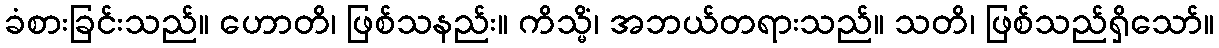
ခံစားခြင်းသည်။ ဟောတိ၊ ဖြစ်သနည်း။ ကိသ္မိံ၊ အဘယ်တရားသည်။ သတိ၊ ဖြစ်သည်ရှိသော်။